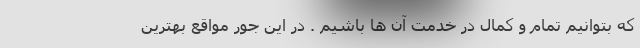
که بتوانیم تمام و کمال در خدمت آن ها باشیم . در این جور مواقع بهترین